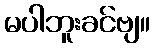
မပါဘူးခင်ဗျ။